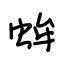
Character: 蛑